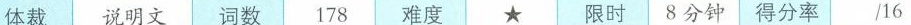
体裁 说明文 词数 178 难度 ★限时 8分钟 得分率 /16